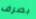
بصرف